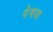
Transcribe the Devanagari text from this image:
वेषण